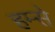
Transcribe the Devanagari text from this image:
हम्से